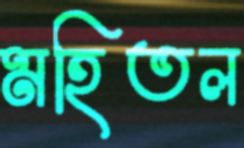
মহিতল